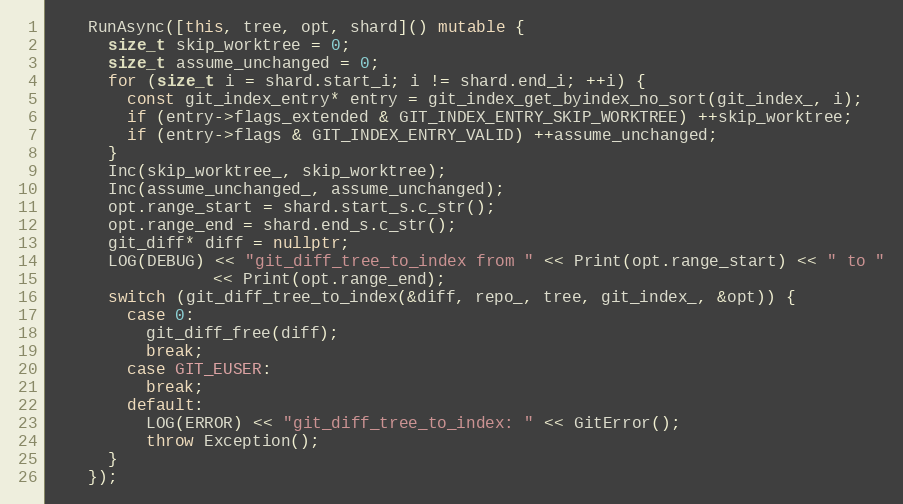
Language: C++
    RunAsync([this, tree, opt, shard]() mutable {
      size_t skip_worktree = 0;
      size_t assume_unchanged = 0;
      for (size_t i = shard.start_i; i != shard.end_i; ++i) {
        const git_index_entry* entry = git_index_get_byindex_no_sort(git_index_, i);
        if (entry->flags_extended & GIT_INDEX_ENTRY_SKIP_WORKTREE) ++skip_worktree;
        if (entry->flags & GIT_INDEX_ENTRY_VALID) ++assume_unchanged;
      }
      Inc(skip_worktree_, skip_worktree);
      Inc(assume_unchanged_, assume_unchanged);
      opt.range_start = shard.start_s.c_str();
      opt.range_end = shard.end_s.c_str();
      git_diff* diff = nullptr;
      LOG(DEBUG) << "git_diff_tree_to_index from " << Print(opt.range_start) << " to "
                 << Print(opt.range_end);
      switch (git_diff_tree_to_index(&diff, repo_, tree, git_index_, &opt)) {
        case 0:
          git_diff_free(diff);
          break;
        case GIT_EUSER:
          break;
        default:
          LOG(ERROR) << "git_diff_tree_to_index: " << GitError();
          throw Exception();
      }
    });